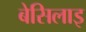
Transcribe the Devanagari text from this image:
बेसिलाइ